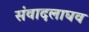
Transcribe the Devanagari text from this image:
संवादलाघव